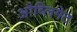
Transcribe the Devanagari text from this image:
औब्लिगेट